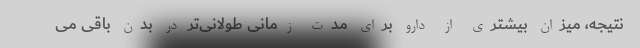
نتیجه، میزان بیشتری از دارو برای مدت زمانی طولانی‌تر در بدن باقی می